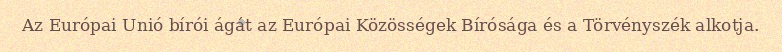
Az Európai Unió bírói ágát az Európai Közösségek Bírósága és a Törvényszék alkotja.